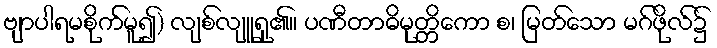
ဗျာပါရမစိုက်မူ၍) လျစ်လျူရှု၏။ ပဏီတာဓိမုတ္တိကော စ၊ မြတ်သော မဂ်ဖိုလ်၌